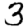
Digit: 3